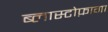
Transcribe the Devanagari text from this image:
ब्लास्टोफ़ागा